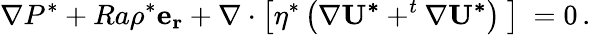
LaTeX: \nabla P^{*}+Ra\rho^{*}\mathbf{e_{r}}+\nabla\cdot\left[\eta^{*}\left(\nabla\mathbf{U^{*}}+^{t}\nabla\mathbf{U^{*}}\right)\ \right]\ =0\, .